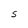
Character: S